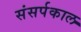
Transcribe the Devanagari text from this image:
संसर्पकाल